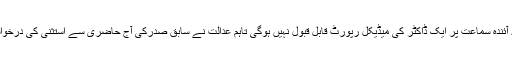
فیصلہ میں کہا ہے کہ آئندہ سماعت پر ایک ڈاکٹر کی میڈیکل رپورٹ قابل قبول نہیں ہوگی تاہم عدالت نے سابق صدرکی آج حاضری سے استثنی کی درخواست منظور کرلی ہے۔